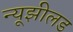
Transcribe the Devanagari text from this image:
न्यूझीलड